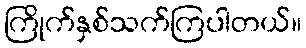
ကြိုက်နှစ်သက်ကြပါတယ်။